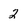
Character: 2